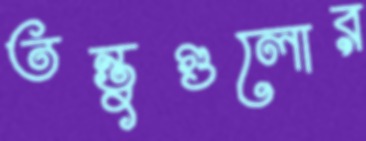
তন্তুগুলোর